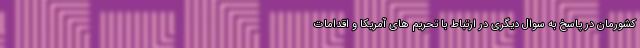
کشورمان در پاسخ به سوال دیگری در ارتباط با تحریم های آمریکا و اقدامات